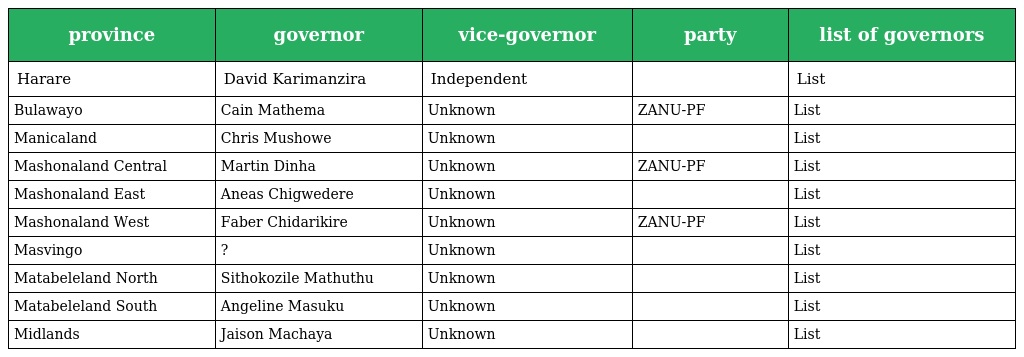
| province | governor | vice-governor | party | list of governors |
 | --- | --- | --- | --- | --- |
 | Harare | David Karimanzira | Independent |  | List |
 | Bulawayo | Cain Mathema | Unknown | ZANU-PF | List |
 | Manicaland | Chris Mushowe | Unknown |  | List |
 | Mashonaland Central | Martin Dinha | Unknown | ZANU-PF | List |
 | Mashonaland East | Aneas Chigwedere | Unknown |  | List |
 | Mashonaland West | Faber Chidarikire | Unknown | ZANU-PF | List |
 | Masvingo | ? | Unknown |  | List |
 | Matabeleland North | Sithokozile Mathuthu | Unknown |  | List |
 | Matabeleland South | Angeline Masuku | Unknown |  | List |
 | Midlands | Jaison Machaya | Unknown |  | List |